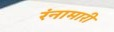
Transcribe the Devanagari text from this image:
रंनामारी